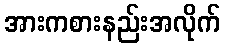
အားကစားနည်းအလိုက်